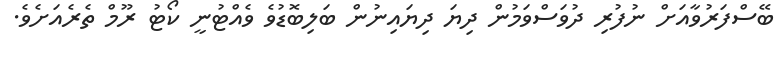
ބޭސްފަރުވާއަށް ނުފުރި ދުވަސްވަމުން ދިޔަ ދިޔައިނުން ބަލިބޮޑުވެ ވެއްޓުނީ ކޯޓު ރޫމް ތެރެއަށެވެ.